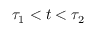
\tau _ { 1 } < t < \tau _ { 2 }